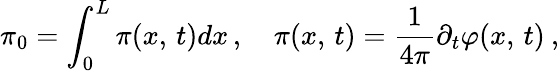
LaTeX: \pi_{0}=\int_{0}^{L}\pi(x,\, t)dx\, ,\quad\pi(x,\, t)=\frac{1}{4\pi}\partial_{t}\varphi(x,\, t)\: ,